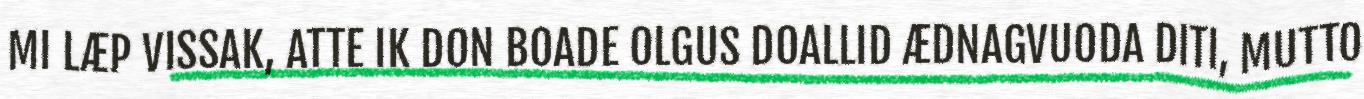
MI LÆP VISSAK, ATTE IK DON BOADE OLGUS DOALLID ÆDNAGVUODA DITI, MUTTO